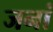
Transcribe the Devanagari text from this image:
जनां